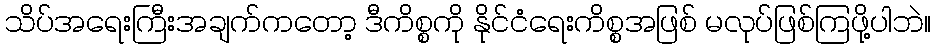
သိပ်အရေးကြီးအချက်ကတော့ ဒီကိစ္စကို နိုင်ငံရေးကိစ္စအဖြစ် မလုပ်ဖြစ်ကြဖို့ပါဘဲ။